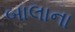
બાલાના